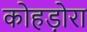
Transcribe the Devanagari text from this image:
कोहड़ोरा